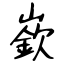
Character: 嶔